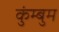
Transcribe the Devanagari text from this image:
कुंम्बुम